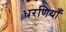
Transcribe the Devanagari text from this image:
धरणियाँ